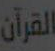
القرآن